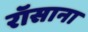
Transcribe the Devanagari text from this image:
रॉसाना